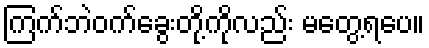
ကြက်ဘဲဝက်ခွေးတို့ကိုလည်း မတွေ့ရပေ။